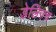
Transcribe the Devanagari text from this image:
डेलिज़्च